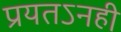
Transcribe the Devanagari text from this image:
प्रयतऽनही